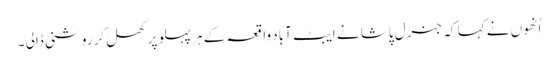
اُنھوں نے کہا کہ جنرل پاشا نے ایبٹ آباد واقعہ کے ہر پہلو پر کھل کر روشنی ڈالی ۔